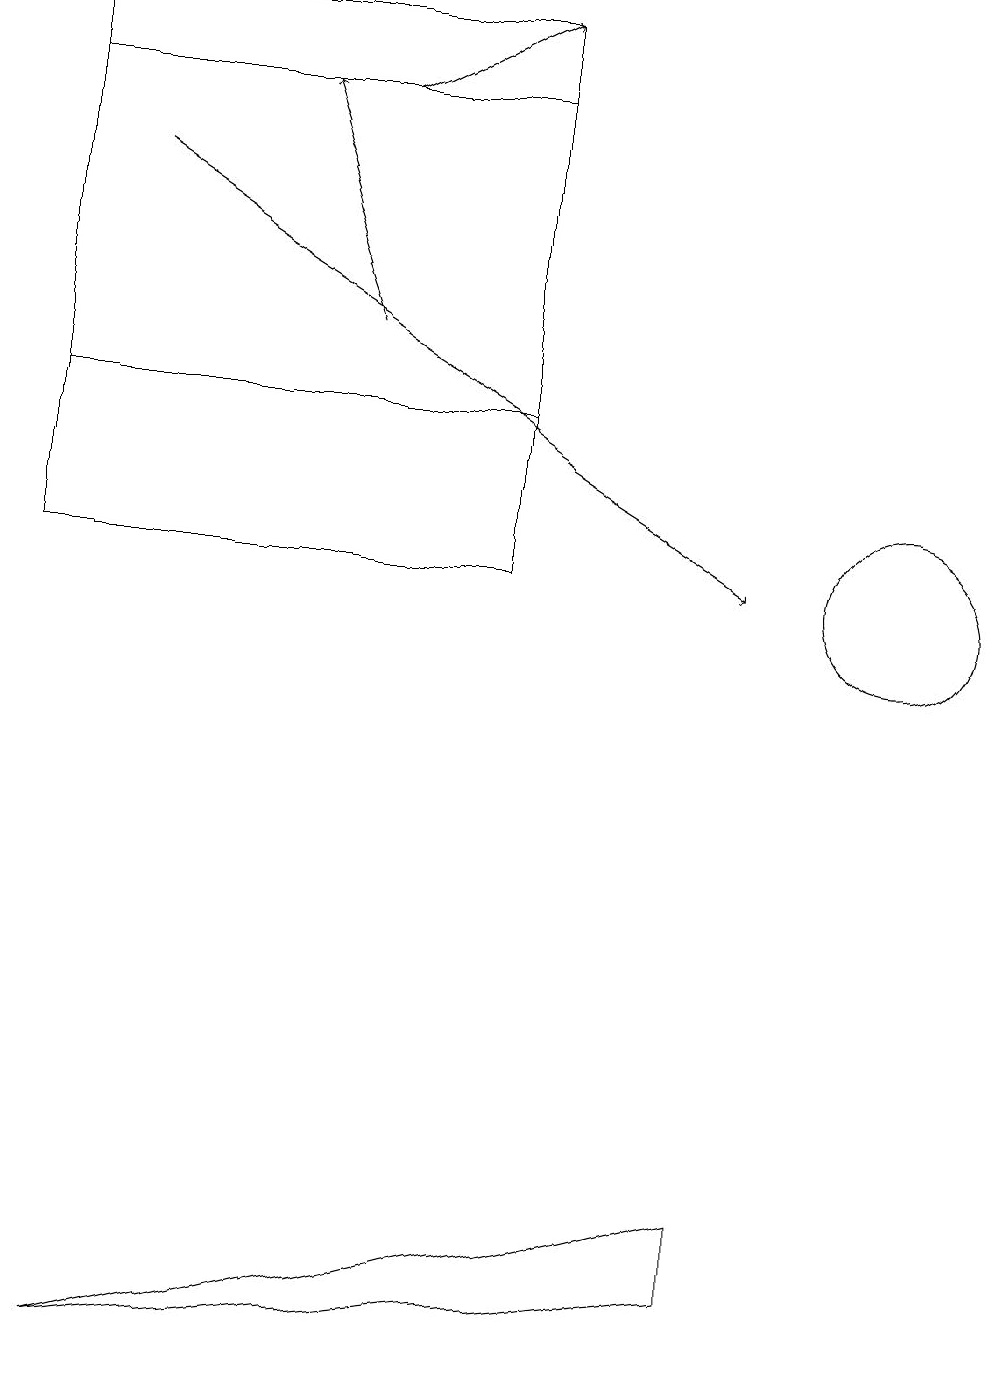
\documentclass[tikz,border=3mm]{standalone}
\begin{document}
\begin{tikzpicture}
\draw[->] (4,14) -- (3,17);
\draw[->] (1,16) -- (9,11);
\draw (0,17) rectangle (6,13);
\draw (6,18) rectangle (0,11);
\draw (11,11) circle (0);
\draw (11,11) circle (1);
\draw[->] (4,17) -- (6,18);
\draw (9,3) -- (1,1) -- (9,2) -- cycle;
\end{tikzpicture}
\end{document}